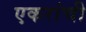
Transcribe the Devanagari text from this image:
एकरांची